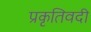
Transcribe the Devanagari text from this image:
प्रकृतिवदी